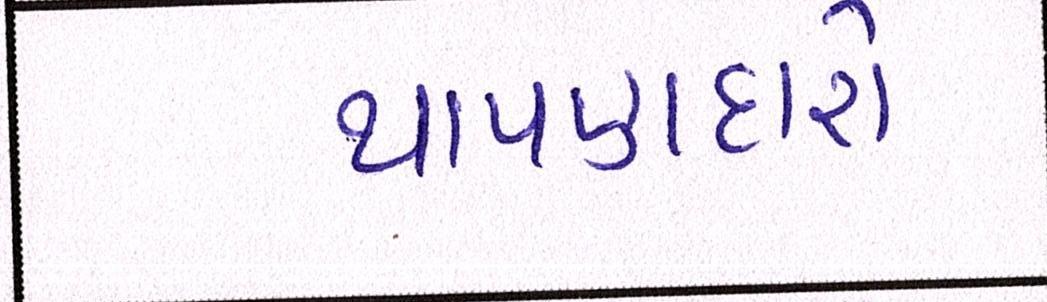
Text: થાપણદારો